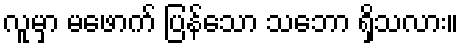
လူမှာ မဖောက် ပြန်သော သဘော ရှိသလား။